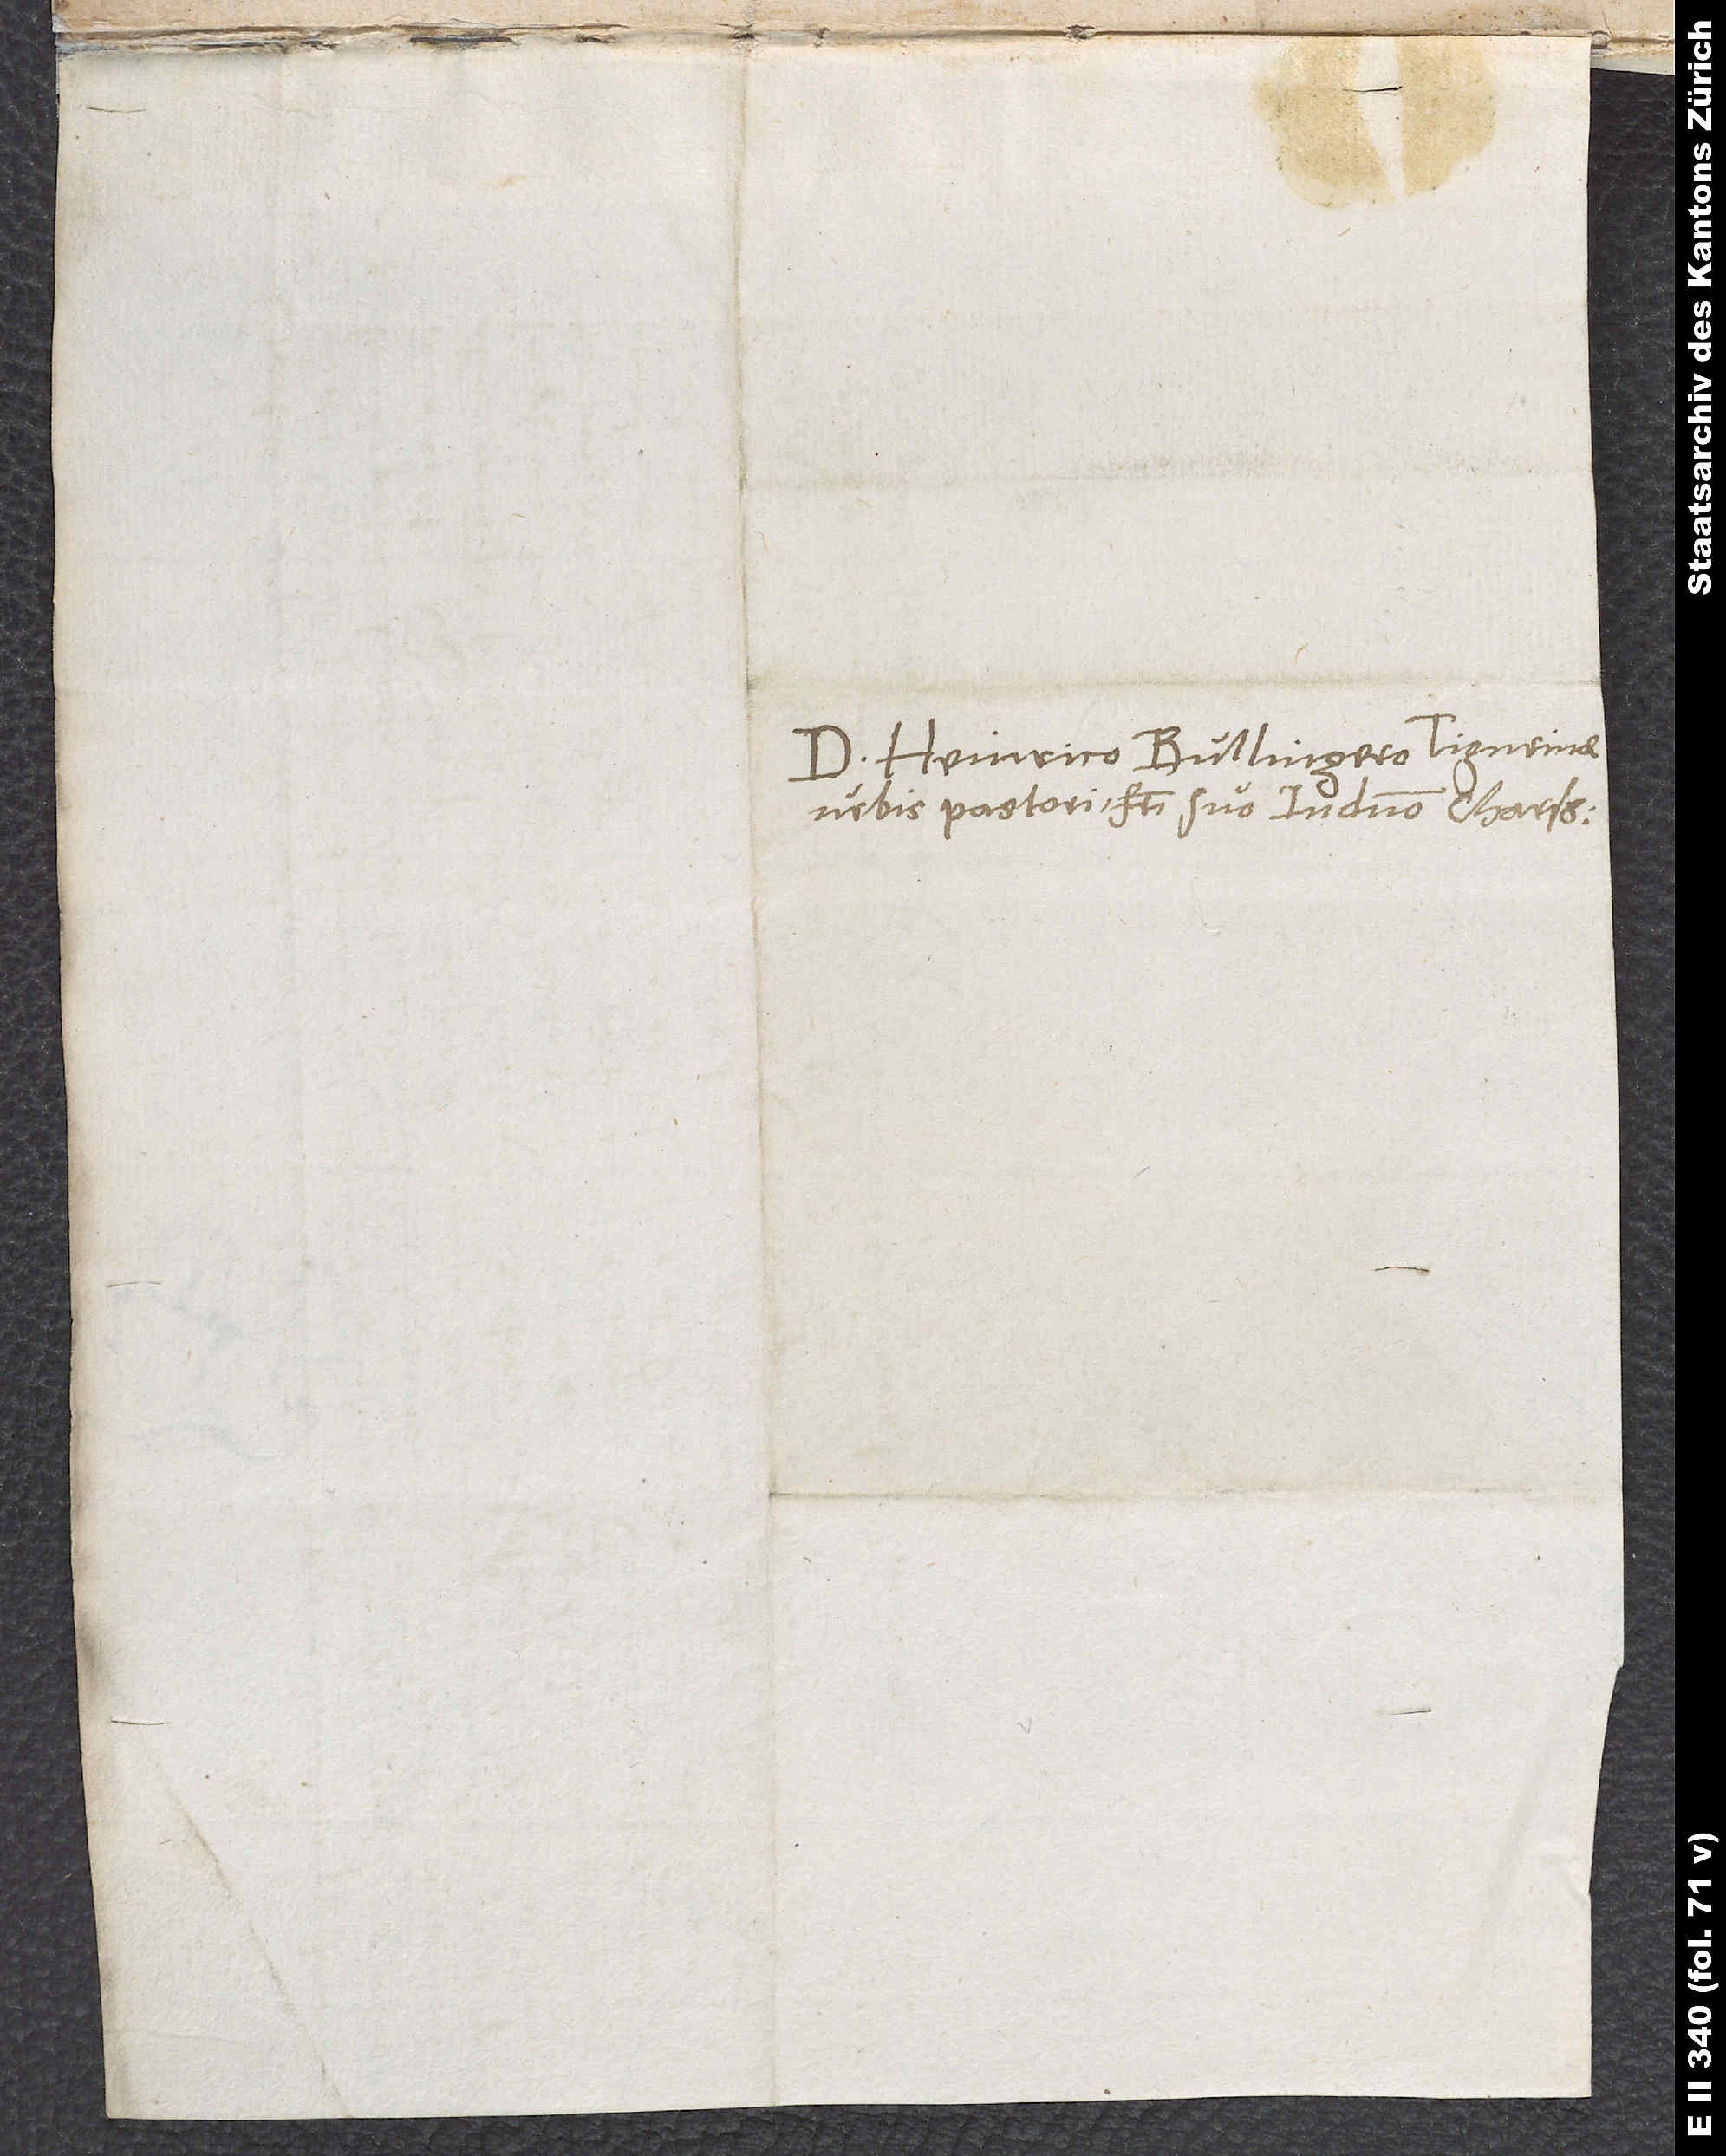
Domino Heinrico Bullingero, Tigurinae
urbis pastori, fratri suo in domino charissimo.